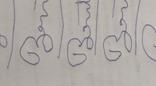
Signature authenticity: forged